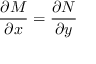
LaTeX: { \frac { \partial M } { \partial x } } = { \frac { \partial N } { \partial y } } \,